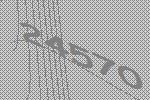
24570